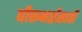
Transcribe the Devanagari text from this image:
धीरूभाईंसाठी